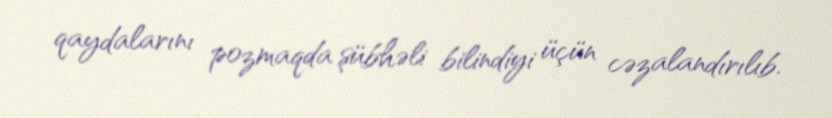
qaydalarını pozmaqda şübhəli bilindiyi üçün cəzalandırılıb.